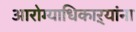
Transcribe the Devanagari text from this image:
आरोग्याधिकाऱ्यांना